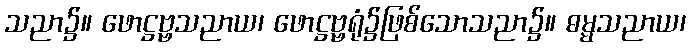
သညာ၌။ ဖောဋ္ဌဗ္ဗသညာယ၊ ဖောဋ္ဌဗ္ဗရုံ၌ဖြစ်သောသညာ၌။ ဓမ္မသညာယ၊